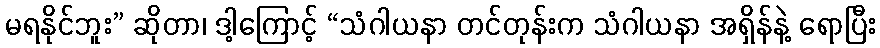
မရနိုင်ဘူး” ဆိုတာ၊ ဒါ့ကြောင့် “သံဂါယနာ တင်တုန်းက သံဂါယနာ အရှိန်နဲ့ ရောပြီး